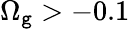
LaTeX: \Omega_{\mathtt{g}}>-0.1